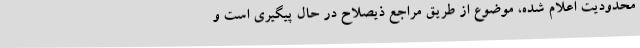
محدودیت اعلام شده، موضوع از طریق مراجع ذیصلاح در حال پیگیری است و